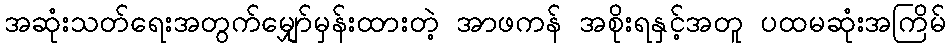
အဆုံးသတ်ရေးအတွက်မျှော်မှန်းထားတဲ့ အာဖကန် အစိုးရနှင့်အတူ ပထမဆုံးအကြိမ်